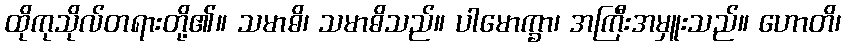
ထိုကုသိုလ်တရားတို့၏။ သမာဓိ၊ သမာဓိသည်။ ပါမောက္ခာ၊ အကြီးအမှူးသည်။ ဟောတိ၊